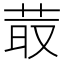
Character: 𦮆